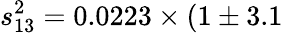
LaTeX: s_{13}^{2}=0.0223\times(1\pm 3.1\